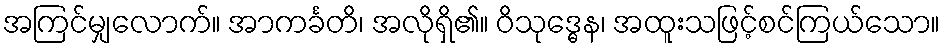
အကြင်မျှလောက်။ အာကင်္ခတိ၊ အလိုရှိ၏။ ဝိသုဒ္ဓေန၊ အထူးသဖြင့်စင်ကြယ်သော။